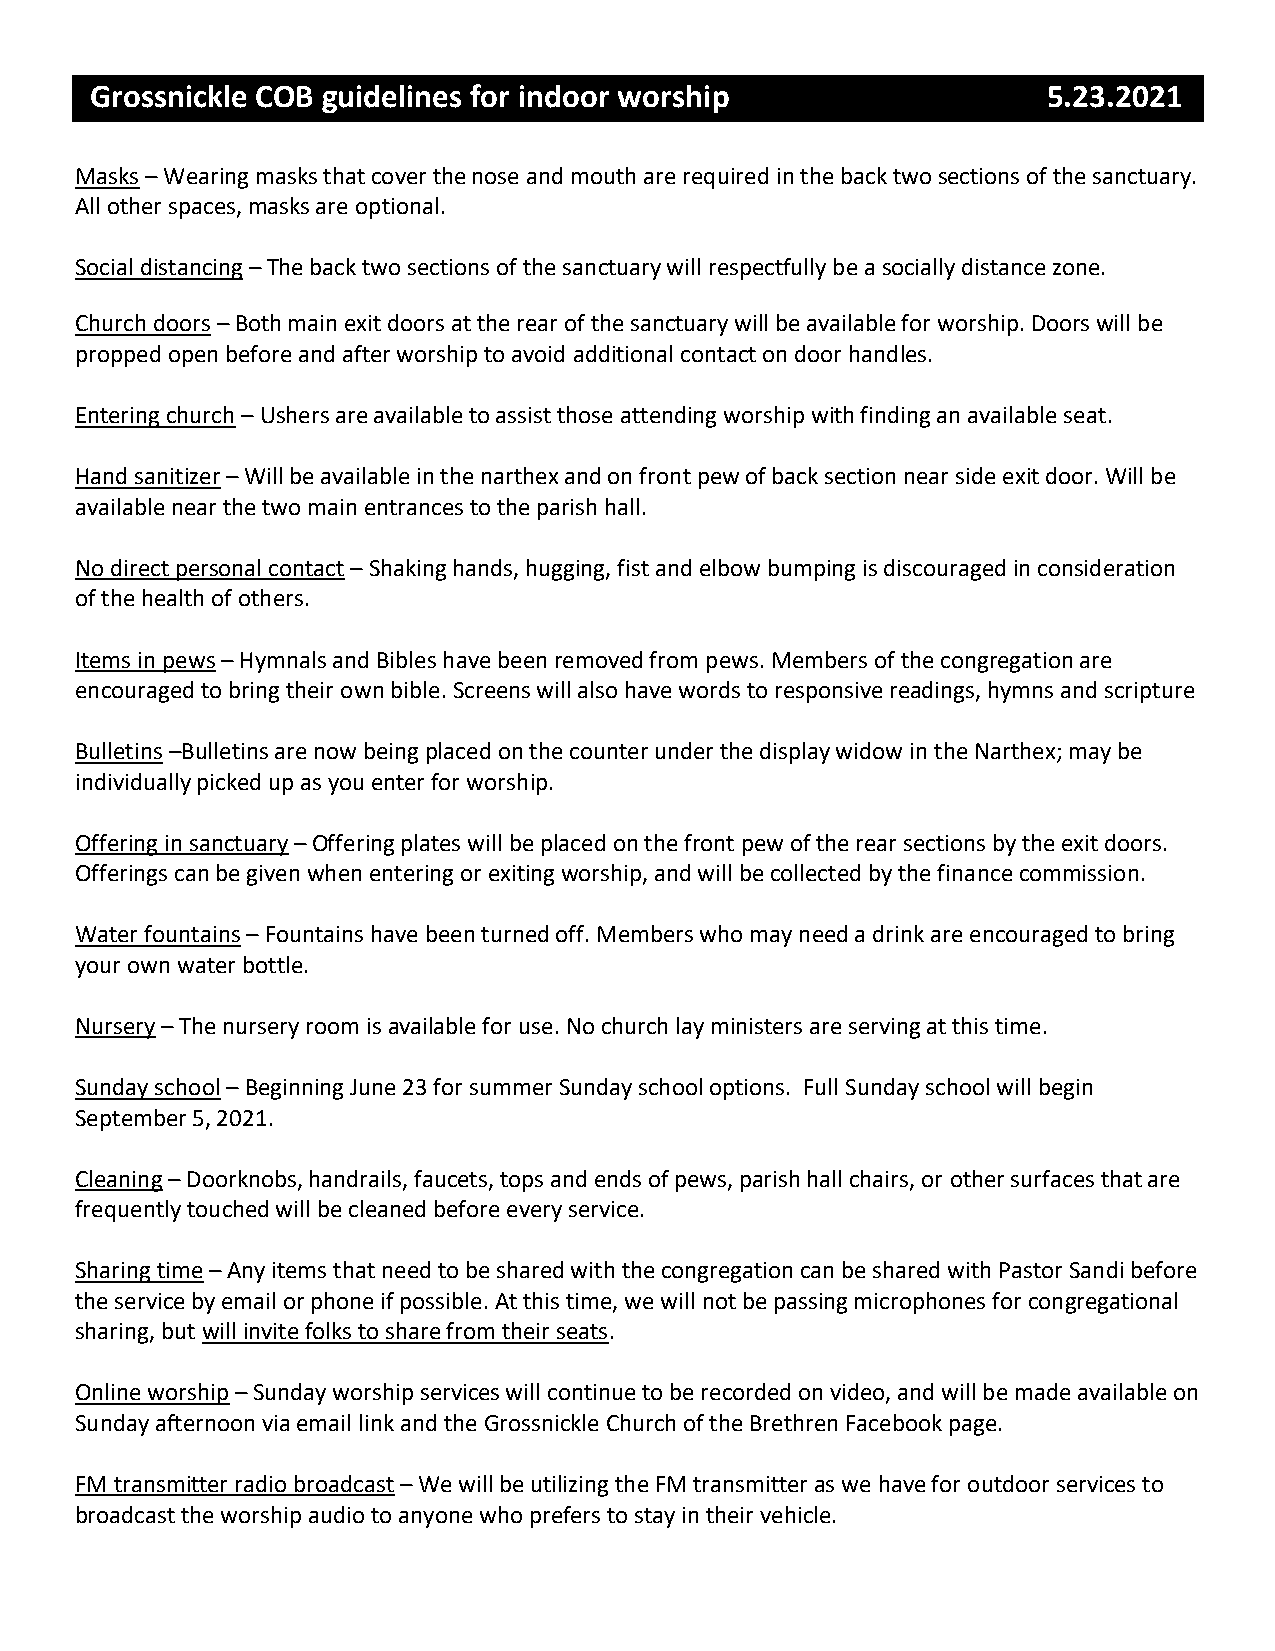
Grossnickle COB guidelines for indoor worship                  5.23.2021
 Masks – Wearing masks that cover the nose and mouth are required in the back two sections of the sanctuary.
 All other spaces, masks are optional.
 Social distancing – The back two sections of the sanctuary will respectfully be a socially distance zone.
 Church doors – Both main exit doors at the rear of the sanctuary will be available for worship. Doors will be
 propped open before and after worship to avoid additional contact on door handles.
 Entering church – Ushers are available to assist those attending worship with finding an available seat.
 Hand sanitizer – Will be available in the narthex and on front pew of back section near side exit door. Will be
 available near the two main entrances to the parish hall.
 No direct personal contact – Shaking hands, hugging, fist and elbow bumping is discouraged in consideration
 of the health of others.
 Items in pews – Hymnals and Bibles have been removed from pews. Members of the congregation are
 encouraged to bring their own bible. Screens will also have words to responsive readings, hymns and scripture
 Bulletins –Bulletins are now being placed on the counter under the display widow in the Narthex; may be
 individually picked up as you enter for worship.
 Offering in sanctuary – Offering plates will be placed on the front pew of the rear sections by the exit doors.
 Offerings can be given when entering or exiting worship, and will be collected by the finance commission.
 Water fountains – Fountains have been turned off. Members who may need a drink are encouraged to bring
 your own water bottle.
 Nursery – The nursery room is available for use. No church lay ministers are serving at this time.
 Sunday school – Beginning June 23 for summer Sunday school options. Full Sunday school will begin
 September 5, 2021.
 Cleaning – Doorknobs, handrails, faucets, tops and ends of pews, parish hall chairs, or other surfaces that are
 frequently touched will be cleaned before every service.
 Sharing time – Any items that need to be shared with the congregation can be shared with Pastor Sandi before
 the service by email or phone if possible. At this time, we will not be passing microphones for congregational
 sharing, but will invite folks to share from their seats.
 Online worship – Sunday worship services will continue to be recorded on video, and will be made available on
 Sunday afternoon via email link and the Grossnickle Church of the Brethren Facebook page.
 FM transmitter radio broadcast – We will be utilizing the FM transmitter as we have for outdoor services to
 broadcast the worship audio to anyone who prefers to stay in their vehicle.